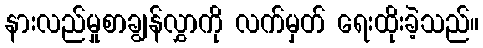
နားလည်မှုစာချွန်လွှာကို လက်မှတ် ရေးထိုးခဲ့သည်။